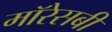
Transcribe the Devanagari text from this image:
मॉरेसबी